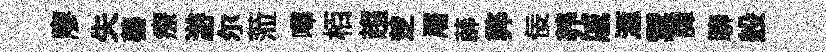
廖失蓁療游尓蒞嗶栢趨椘屠薜弊佞养戚滙禦譚聊般